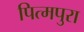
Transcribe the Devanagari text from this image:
पित्मपुरा